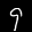
Label: 9